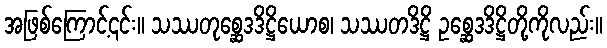
အဖြစ်ကြောင့်၎င်း။ သဿတုစ္ဆေဒဒိဋ္ဌိယောစ၊ သဿတဒိဋ္ဌိ ဥစ္ဆေဒဒိဋ္ဌိတို့ကိုလည်း။